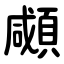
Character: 顑